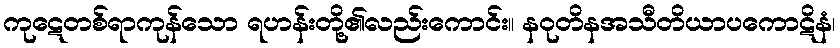
ကုဋေတစ်ရာကုန်သော ရဟန်းတို့၏လည်းကောင်း။ နဝုတိနအသီတိယာပကောဋိနံ၊